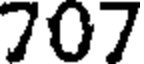
707